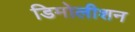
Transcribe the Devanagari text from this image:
डिमोलीशन